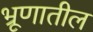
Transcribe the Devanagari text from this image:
भ्रूणातील